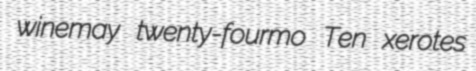
winemay twenty-fourmo Ten xerotes